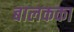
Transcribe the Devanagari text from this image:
बालकका